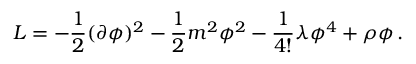
{ \cal L } = - { \frac { 1 } { 2 } } ( \partial \phi ) ^ { 2 } - { \frac { 1 } { 2 } } m ^ { 2 } \phi ^ { 2 } - { \frac { 1 } { 4 ! } } \lambda \phi ^ { 4 } + \rho \phi \, .